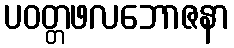
ပဝတ္တဖလဘောဇနာ